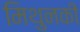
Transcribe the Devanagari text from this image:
मिथुनकी